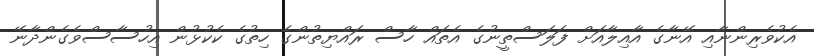
އެކުވެރިންނާއި އޭނާގެ އާއިލާއަށް ފަލަސްތީނުގެ އެތައް ހާސް ރައްޔިތުންގެ ހިތުގެ ކެކުޅުން އިހުސާސްވެގެންދާނޭ